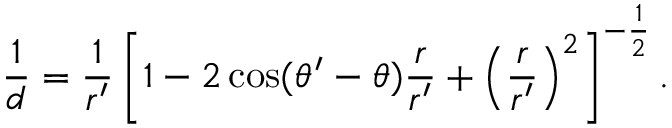
{ \frac { 1 } { d } } = { \frac { 1 } { r ^ { \prime } } } \left[ 1 - 2 \cos ( \theta ^ { \prime } - \theta ) { \frac { r } { r ^ { \prime } } } + \left( { \frac { r } { r ^ { \prime } } } \right) ^ { 2 } \right] ^ { - { \frac { 1 } { 2 } } } .